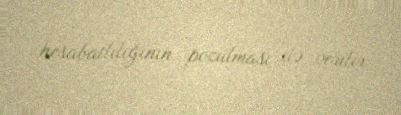
hesabatlılığının pozulması ilə verilir.